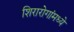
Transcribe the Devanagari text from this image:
शिरारोगांमध्ये